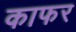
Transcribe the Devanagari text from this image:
काफर